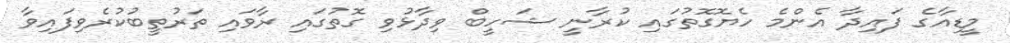
މީޑިއާގެ ފައިދާ އެންމެ ހެޔޮގޮތުގައި ކުރާނީ ޝަހީބް ވިދާޅުވި ގޮތުގައި ރާވައި ތަރުތީބުކުރެވިފައިވާ